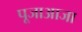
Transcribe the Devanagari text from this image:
पूजाआजा